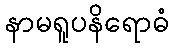
နာမရူပနိရောဓံ